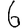
Digit: 6